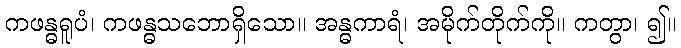
ကဖန္ဓရူပံ၊ ကဖန္ဓသဘောရှိသော။ အန္ဓကာရံ၊ အမိုက်တိုက်ကို။ ကတွာ၊ ၍။